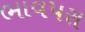
ભાવપરા